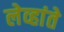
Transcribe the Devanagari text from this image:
लेव्हांते